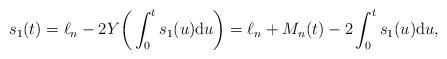
LaTeX: \begin{align*} s_1(t) = \ell_n - 2 Y\bigg(\int_{0}^t s_1(u)\mathrm{d} u\bigg) = \ell_n +M_n(t)-2\int_{0}^t s_1(u)\mathrm{d} u, \end{align*}